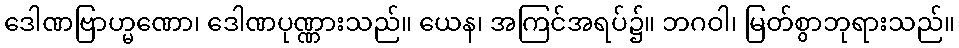
ဒေါဏဗြာဟ္မဏော၊ ဒေါဏပုဏ္ဏားသည်။ ယေန၊ အကြင်အရပ်၌။ ဘဂဝါ၊ မြတ်စွာဘုရားသည်။